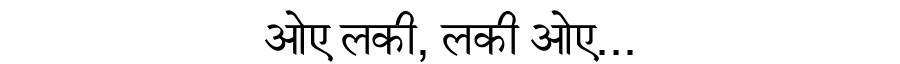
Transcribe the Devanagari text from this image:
ओए लकी, लकी ओए...